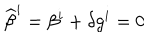
LaTeX: { \widehat \beta } ^ { i } = \beta ^ { i } + \delta g ^ { i } = 0